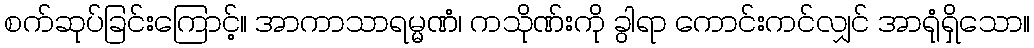
စက်ဆုပ်ခြင်းကြောင့်။ အာကာသာရမ္မဏံ၊ ကသိုဏ်းကို ခွါရာ ကောင်းကင်လျှင် အာရုံရှိသော။